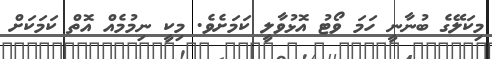
މިކަލޭގެ ބުނާނީ ހަމަ ވޯޓު އޮޅުވާލީ ކަމަށެވެ. މިކީ ނިމުމެއް އޮތް ކަމަކަށް